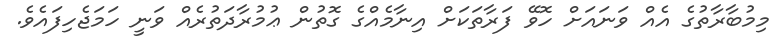
މިމުބާރާތުގެ އެއް ވަނައަށް ހޮވޭ ފަރާތަކަށް އިނާމެއްގެ ގޮތުން ޢުމުރާދަތުރެއް ވަނީ ހަމަޖެހިފައެވެ.